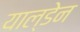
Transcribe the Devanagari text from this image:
याल्डेन